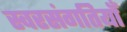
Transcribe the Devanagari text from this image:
स्वरसंगतियाँ